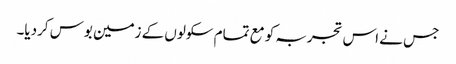
جس نے اس تجربہ کو مع تمام سکولوں کے زمین بوس کردیا۔